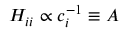
H _ { i i } \propto c _ { i } ^ { - 1 } \equiv A